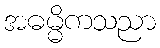
အဓမ္မိကသညာ